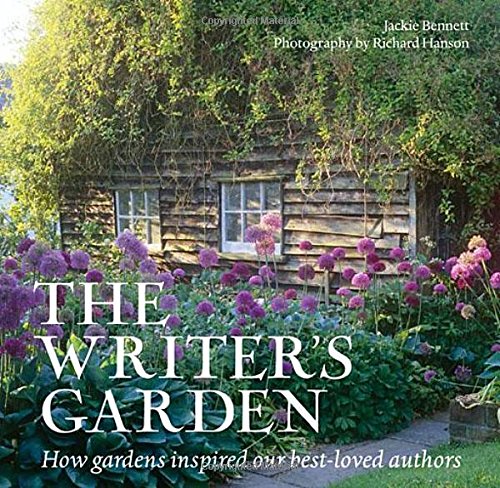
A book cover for The Writer's Garden: How Gardens Inspired our Best-loved Authors; Jackie Bennett; Crafts, Hobbies & Home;